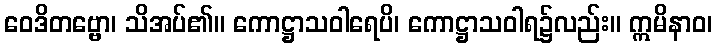
ဝေဒိတဗ္ဗော၊ သိအပ်၏။ ကောဋ္ဌာသဝါရေပိ၊ ကောဋ္ဌာသဝါရ၌လည်း။ ဣမိနာဝ၊